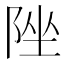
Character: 𨹫